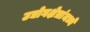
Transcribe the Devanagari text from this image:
उद्योगक्षेत्रांमध्ये